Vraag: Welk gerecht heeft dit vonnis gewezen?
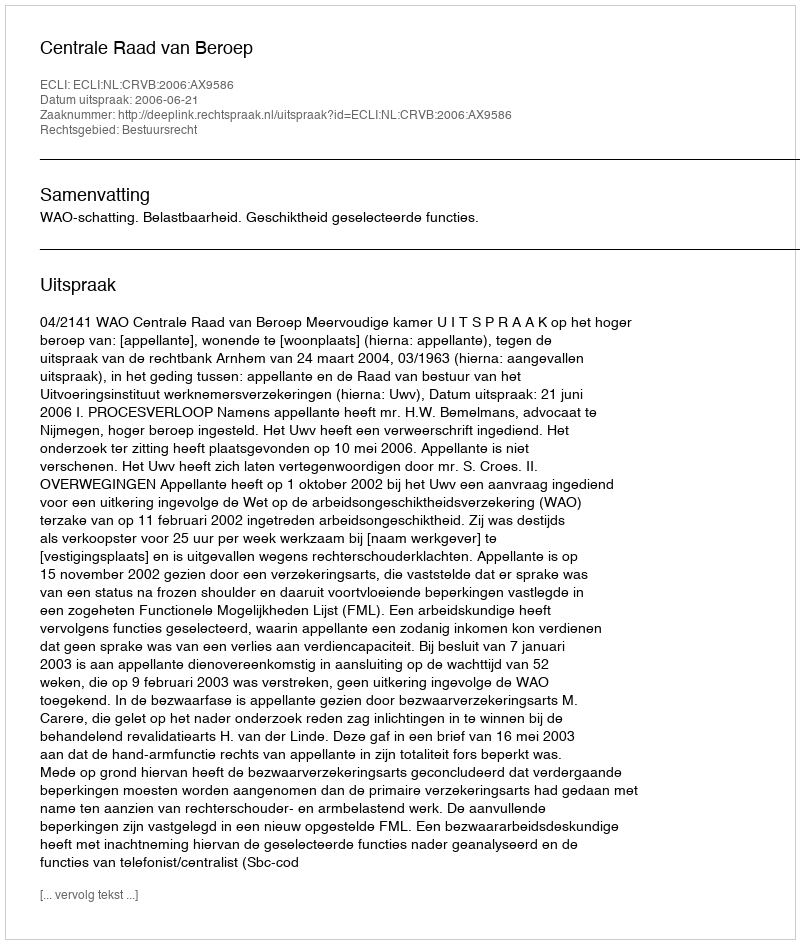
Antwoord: Centrale Raad van Beroep